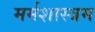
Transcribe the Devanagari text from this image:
मर्मशास्त्रम